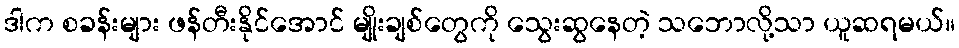
ဒါက စခန်းများ ဖန်တီးနိုင်အောင် မျိုးချစ်တွေကို သွေးဆွနေတဲ့ သဘောလို့သာ ယူဆရမယ်။